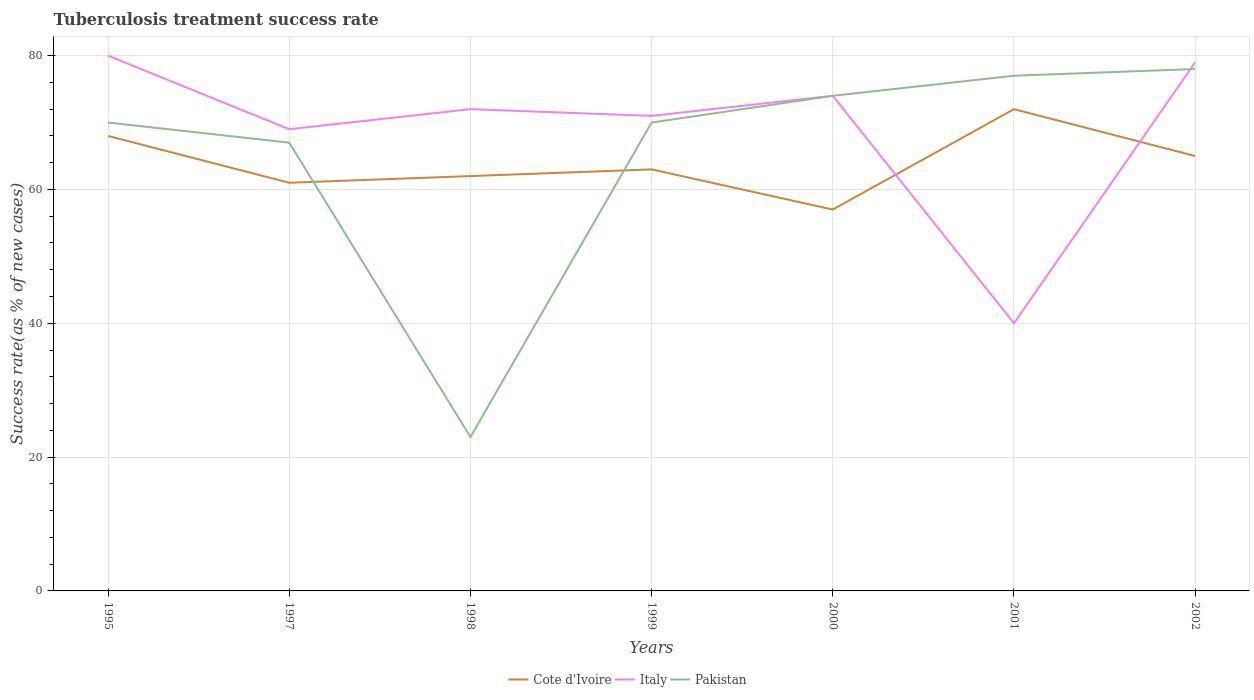
| Years | Cote d'Ivoire | Italy | Pakistan |
 | --- | --- | --- | --- |
 | 1995 | 68 | 80 | 70 |
 | 1997 | 61 | 69 | 67 |
 | 1998 | 62 | 72 | 23 |
 | 1999 | 63 | 71 | 70 |
 | 2000 | 57 | 74 | 74 |
 | 2001 | 72 | 40 | 77 |
 | 2002 | 65 | 79 | 78 |